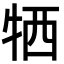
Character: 牺